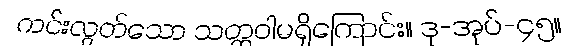
ကင်းလွတ်သော သတ္တဝါမရှိကြောင်း။ ဒု-အုပ်-၄၅။